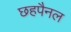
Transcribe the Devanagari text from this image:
छहपैनल